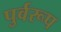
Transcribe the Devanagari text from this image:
पुर्वरूप